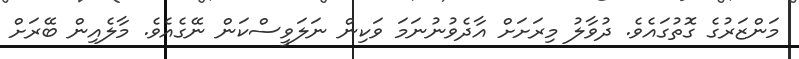
މަންޒަރުގެ ގޮތުގައެވެ. ދުވާލު މިރަށަށް އާދެވުނުނަމަ ވަކިން ނަލަވީސްކަން ނޭގެއެވެ. މާލެއިން ބޭރަށް